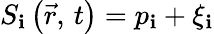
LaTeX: S_{\mathbf{i}}\left(\vec{{r}},\, t\right)=p_{\mathbf{i}}+\xi_{\mathbf{i}}